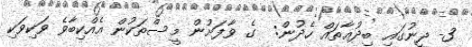
3- ދީނުގައި ބިދުޢާތައް ހެދުން:  ގެ ވާފަށުން މީސްތަކުން އެއްކިބާވެ ވަކިވަކި